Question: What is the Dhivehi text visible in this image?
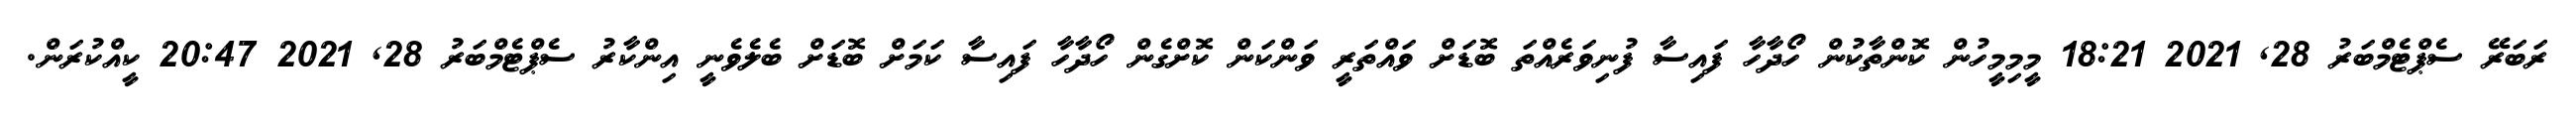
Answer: ރަބަރޭ ސެޕްޓެމްބަރު 28, 2021 18:21 މީމިމީހުން ކޮންތާކުން ހޯދާހާ ފައިސާ ފުނިވަރެއްތަ ބޮޑަށް ވައްތަރީ ވަންކަން ކޮށްގެން ހޯދާހާ ފައިސާ ކަމަށް ބޮޑަށް ބެލެވެނީ އިންކާރު ސެޕްޓެމްބަރު 28, 2021 20:47 ކީއްކުރަން.